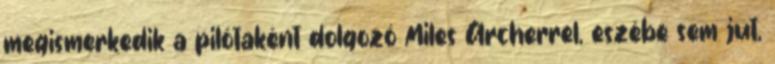
megismerkedik a pilótaként dolgozó Miles Archerrel, eszébe sem jut,